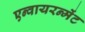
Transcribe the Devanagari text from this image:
एन्वायरन्मेंट